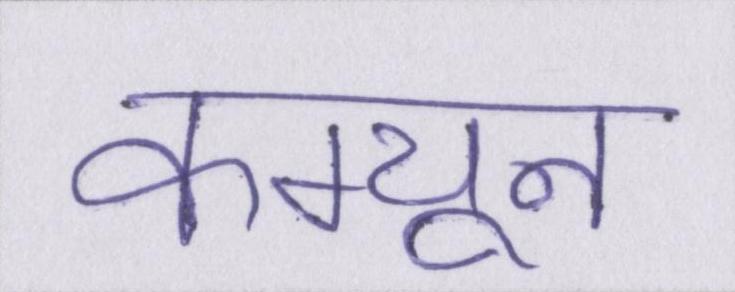
कम्यून